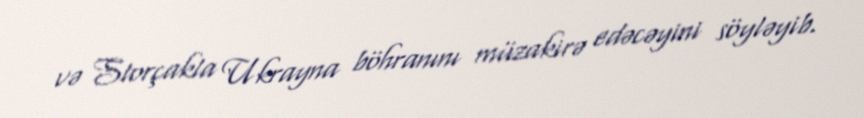
və Storçakla Ukrayna böhranını müzakirə edəcəyini söyləyib.